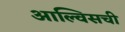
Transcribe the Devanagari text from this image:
आल्विसची